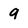
Character: 9